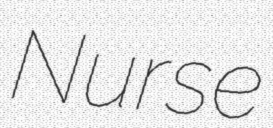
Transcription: Nurse